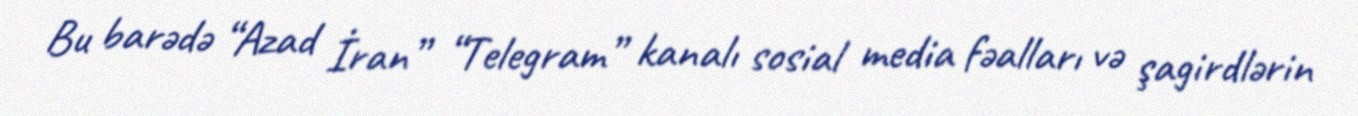
Bu barədə “Azad İran” “Telegram” kanalı sosial media fəalları və şagirdlərin